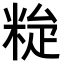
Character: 𥹼